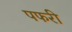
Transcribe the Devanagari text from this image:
पफरी